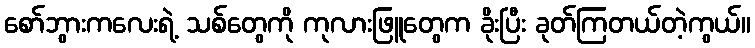
စော်ဘွားကလေးရဲ့ သစ်တွေကို ကုလားဖြူတွေက ခိုးပြီး ခုတ်ကြတယ်တဲ့ကွယ်။